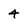
Character: 4